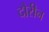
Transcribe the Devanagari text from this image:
दौरीन